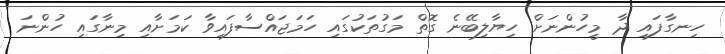
ހިނގާފައި ދާ މީހުންނަށް ހިޔާލިބޭނެ ގޮތް މަގުތަކުގައި ހަމަޖައްސާފައިވާ ކަމަށާއި މިނާގައި ހުންނަ